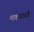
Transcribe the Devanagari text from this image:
माश्याची